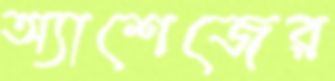
অ্যাশেজের